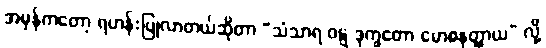
အမှန်ကတော့ ရဟန်းပြုလာတယ်ဆိုတာ “သံသာရ ဝဋ္ဋ ဒုက္ခတော မောစနတ္ထာယ” လို့